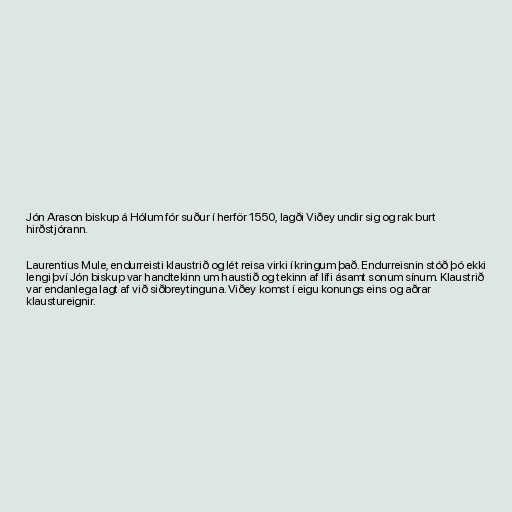
Jón Arason biskup á Hólum fór suður í herför 1550, lagði Viðey undir sig og rak burt
hirðstjórann.

Laurentius Mule, endurreisti klaustrið og lét reisa virki í kringum það. Endurreisnin stóð þó ekki
lengi því Jón biskup var handtekinn um haustið og tekinn af lífi ásamt sonum sínum. Klaustrið
var endanlega lagt af við siðbreytinguna. Viðey komst í eigu konungs eins og aðrar
klaustureignir.